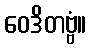
ဝေဒိတဗ္ဗံ။